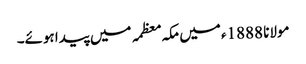
مولانا 1888ء میں مکہ معظمہ میں پیدا ہوئے۔